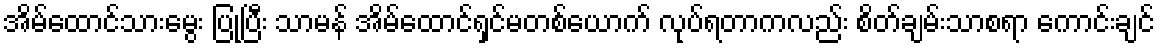
အိမ်ထောင်သားမွေး ပြုပြီး သာမန် အိမ်ထောင်ရှင်မတစ်ယောက် လုပ်ရတာကလည်း စိတ်ချမ်းသာစရာ ကောင်းချင်